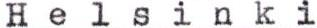
Helsinki